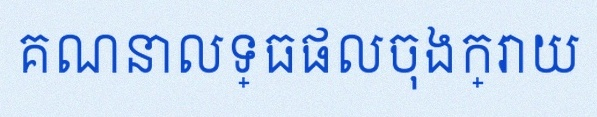
គណនាលទ្ធផលចុងក្រោយ